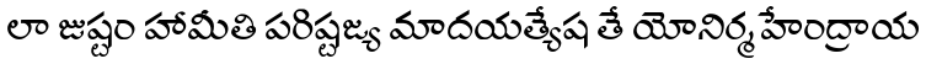
లా జుష్టం హామీతి పరిష్టజ్య మాదయత్యేష తే యోనిర్మహేంద్రాయ